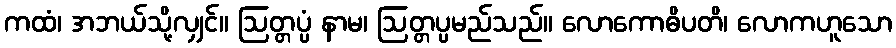
ကထံ၊ အဘယ်သို့လျှင်။ ဩတ္တပ္ပံ နာမ၊ ဩတ္တပ္ပမည်သည်။ လောကောဓိပတိ၊ လောကဟူသော